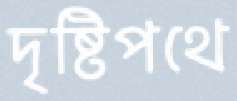
দৃষ্টিপথে